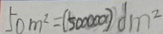
5 0 m ^ { 2 } = ( 5 0 0 0 0 0 0 ) d m ^ { 2 }